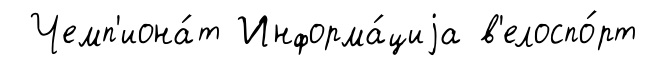
Чемп'иона́т Информа́циjа в'елоспо́рт